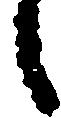
之